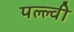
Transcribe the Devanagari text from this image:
पल्ल्वी